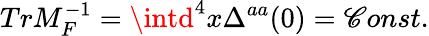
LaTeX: TrM_{F}^{-1}=\intd^{4}x\Delta^{aa}(0)=\mathscr{C}onst.